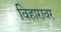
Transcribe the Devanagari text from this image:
विहारावर